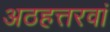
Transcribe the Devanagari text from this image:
अठहत्तरवां